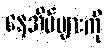
နေအိမ်များကို